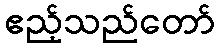
ဧည့်သည်တော်